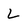
Character: l